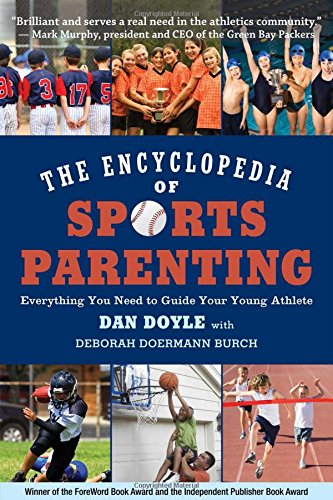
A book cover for The Encyclopedia of Sports Parenting: Everything You Need to Guide Your Young Athlete; Dan Doyle; Sports & Outdoors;